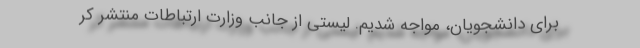
برای دانشجویان، مواجه شدیم. لیستی از جانب وزارت ارتباطات منتشر کر